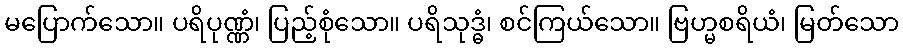
မပြောက်သော။ ပရိပုဏ္ဏံ၊ ပြည့်စုံသော။ ပရိသုဒ္ဓံ၊ စင်ကြယ်သော။ ဗြဟ္မစရိယံ၊ မြတ်သော